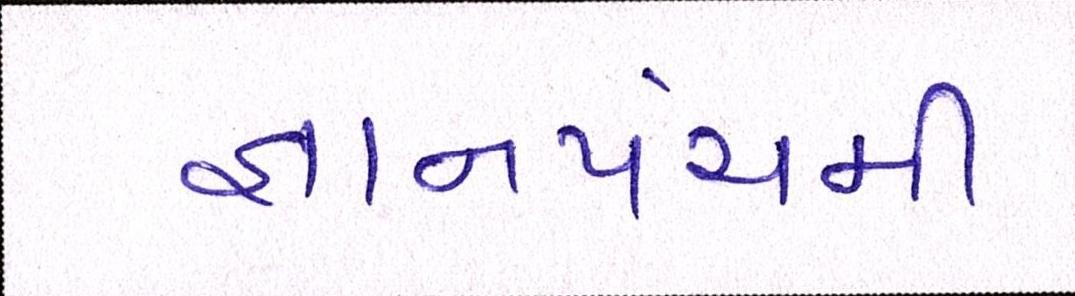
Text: જ્ઞાનપંચમી